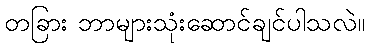
တခြား ဘာများသုံးဆောင်ချင်ပါသလဲ။